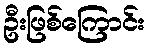
ဦးဖြစ်ကြောင်း